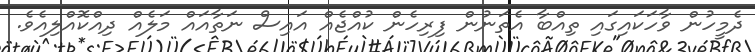
ދެމީހުން ވާހަކައިގައި ތިއްބާ އެތަނުން ފިރިހެން ކުއްޖެއް އައިސް ނަތާއައް މަލެއް ދިއްކޮއްލިއެވެ.